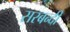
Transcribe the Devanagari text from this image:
सरबन्दी